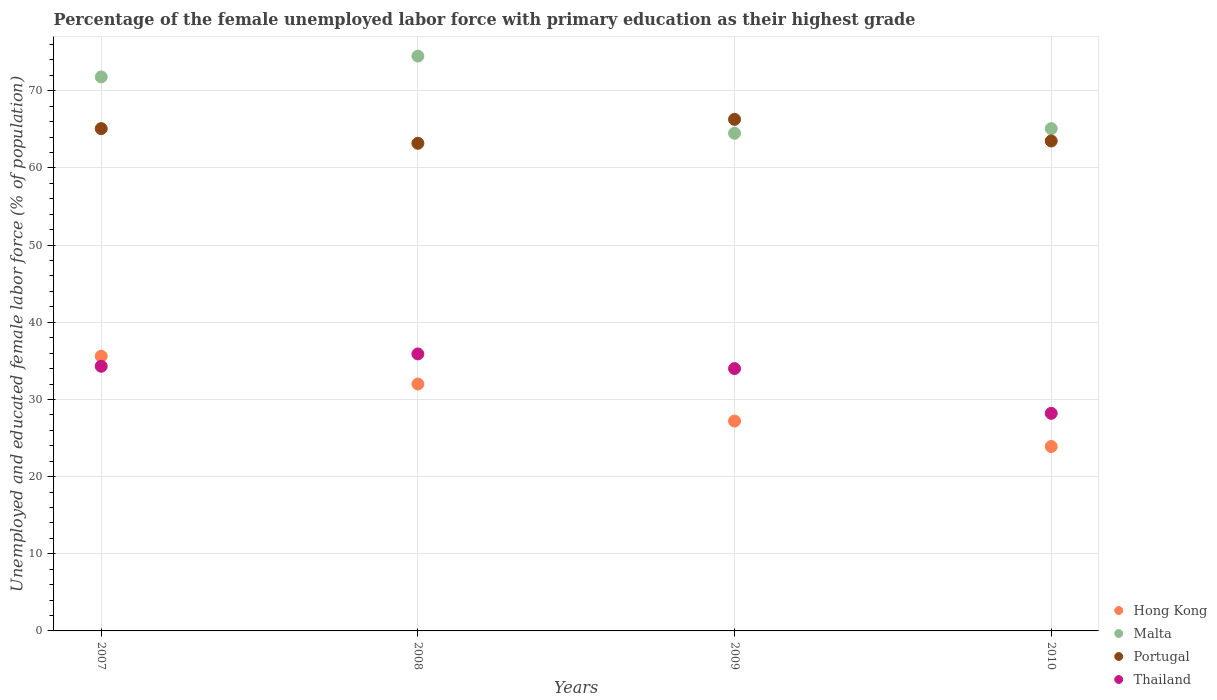
| Years | Hong Kong | Malta | Portugal | Thailand |
 | --- | --- | --- | --- | --- |
 | 2007 | 35.6 | 71.8 | 65.1 | 34.3 |
 | 2008 | 32 | 74.5 | 63.2 | 35.9 |
 | 2009 | 27.2 | 64.5 | 66.3 | 34 |
 | 2010 | 23.9 | 65.1 | 63.5 | 28.2 |